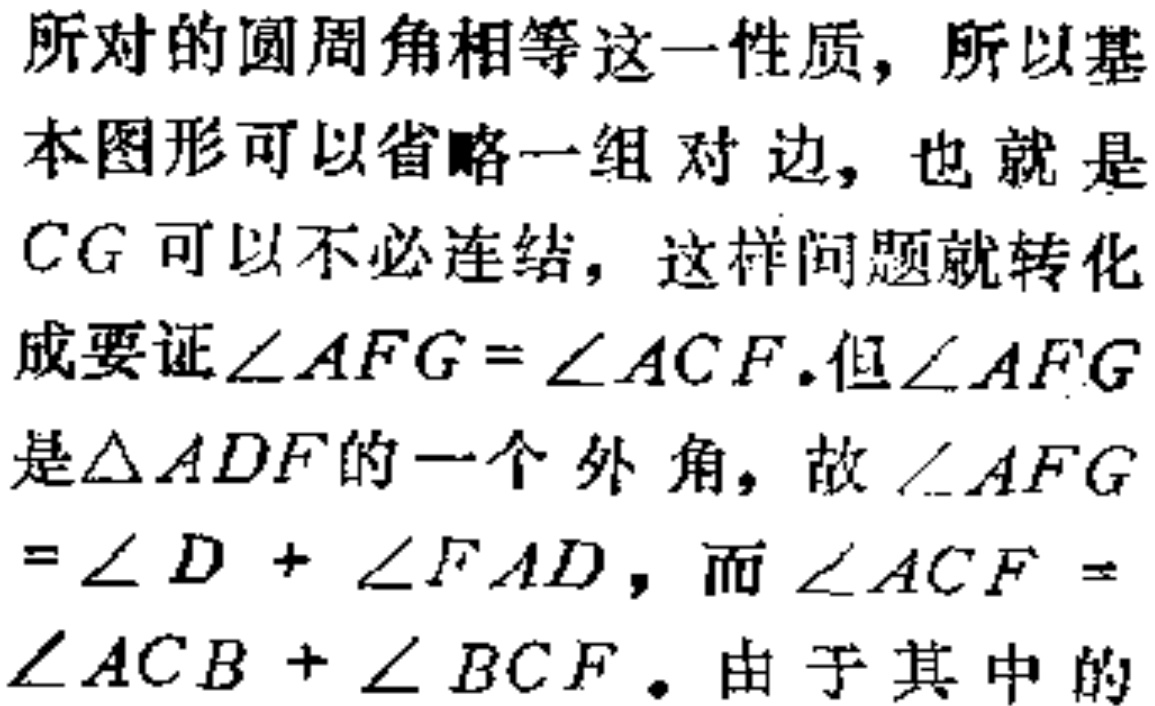
所对的圆周角相等这一性质，所以基本图形可以省略一组对边，也就是
$CG$ 可以不必连结，这样问题就转化
成要证$\angle AFG=\angle ACF$.但$\angle AFG$
是$\triangle ADF$的一个外角，故$\angle AFG$
$=\angle D+\angle FAD$，而$\angle ACF =$
$\angle ACB+\angle BCF$. 由于其中的